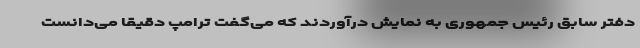
دفتر سابق رئیس جمهوری به نمایش درآوردند که می‌گفت ترامپ دقیقا می‌دانست